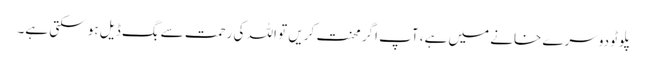
پلوٹو دوسرے خانے میں ہے، آپ اگر محنت کریں تو اللہ کی رحمت سے بگ ڈیل ہو سکتی ہے۔